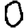
Digit: 0